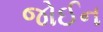
જોઈન